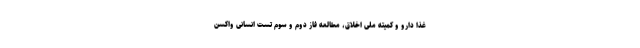
غذا دارو و کمیته ملی اخلاق، مطالعه فاز دوم و سوم تست انسانی واکسن